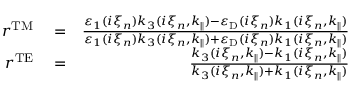
\begin{array} { r l r } { r ^ { \mathrm { T M } } } & { { } = } & { \frac { \varepsilon _ { 1 } ( i \xi _ { n } ) k _ { 3 } ( i \xi _ { n } , k _ { \parallel } ) - \varepsilon _ { \mathrm { D } } ( i \xi _ { n } ) k _ { 1 } ( i \xi _ { n } , k _ { \parallel } ) } { \varepsilon _ { 1 } ( i \xi _ { n } ) k _ { 3 } ( i \xi _ { n } , k _ { \parallel } ) + \varepsilon _ { \mathrm { D } } ( i \xi _ { n } ) k _ { 1 } ( i \xi _ { n } , k _ { \parallel } ) } } \\ { r ^ { \mathrm { T E } } } & { { } = } & { \frac { k _ { 3 } ( i \xi _ { n } , k _ { \parallel } ) - k _ { 1 } ( i \xi _ { n } , k _ { \parallel } ) } { k _ { 3 } ( i \xi _ { n } , k _ { \parallel } ) + k _ { 1 } ( i \xi _ { n } , k _ { \parallel } ) } } \end{array}